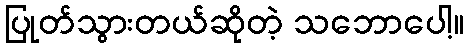
ပြုတ်သွားတယ်ဆိုတဲ့ သဘောပေါ့။